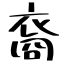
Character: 裔